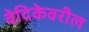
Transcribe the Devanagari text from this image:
वेदिकेवरील